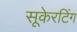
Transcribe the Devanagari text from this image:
सूकेरटिंग